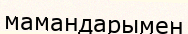
мамандарымен